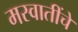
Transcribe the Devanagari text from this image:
मस्वातींचे